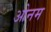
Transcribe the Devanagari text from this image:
ओनम